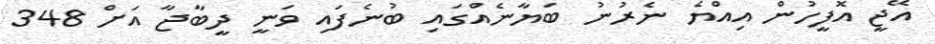
އޭޖީ އޮފީހުން އިއްޔެ ނެރުނު ބަޔާނެއްގައި ބުނެފައި ވަނީ ދީބާޖާ އަށް 348